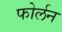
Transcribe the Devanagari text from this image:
फोर्लन